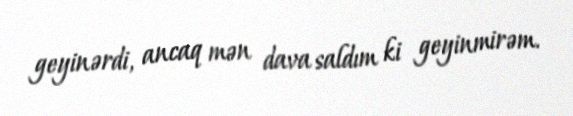
geyinərdi, ancaq mən dava saldım ki geyinmirəm.